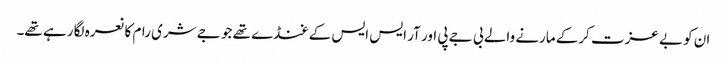
ان کو بے عزت کرکے مارنے والے بی جے پی اور آر ایس ایس کے غنڈے تھے جو جے شری رام کا نعرہ لگا رہے تھے۔